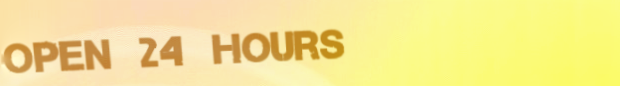
open 24 hours